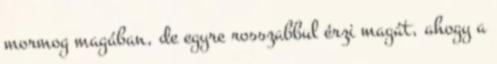
mormog magában, de egyre rosszabbul érzi magát, ahogy a